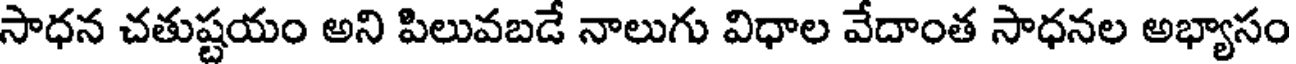
సాధన చతుష్టయం అని పిలువబడే నాలుగు విధాల వేదాంత సాధనల అభ్యాసం